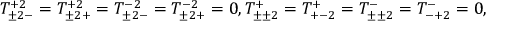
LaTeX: T _ { \pm 2 - } ^ { + 2 } = T _ { \pm 2 + } ^ { + 2 } = T _ { \pm 2 - } ^ { - 2 } = T _ { \pm 2 + } ^ { - 2 } = 0 , T _ { \pm \pm 2 } ^ { + } = T _ { + - 2 } ^ { + } = T _ { \pm \pm 2 } ^ { - } = T _ { - + 2 } ^ { - } = 0 ,